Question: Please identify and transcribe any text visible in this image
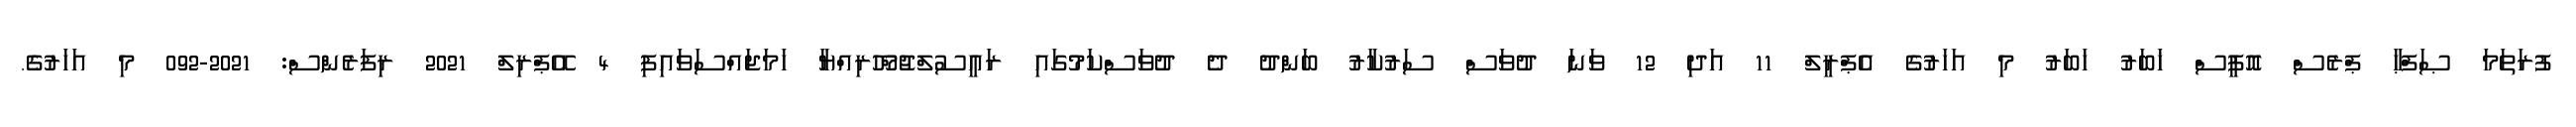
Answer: ފުރަތަމަ ޞަފްޙާ ޕްރެސް އޮފީސް ޚަބަރު ޚަބަރު މި އަހަރުގެ އެޕްރީލް 11 އަދި 12 ވަނަ ދުވަސް ސަރުކާރު ބަންދު ދެ ދުވަސްކަމުގައި ރައީސުލްޖުމްހޫރިއްޔާ ހަމަޖައްސަވައިފި 4 އޭޕްރިލް 2021 ރިފަރެންސް: 2021-092 މި އަހަރުގެ.